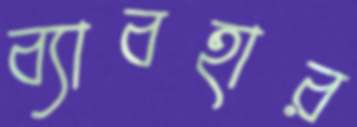
ব্যাবহার